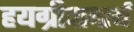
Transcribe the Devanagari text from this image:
हयग्रीवाचार्य